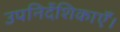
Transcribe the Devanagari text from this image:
उपनिर्देशिकाएँ।